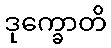
ဒုက္ခောတိ